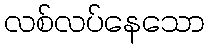
လစ်လပ်နေသော